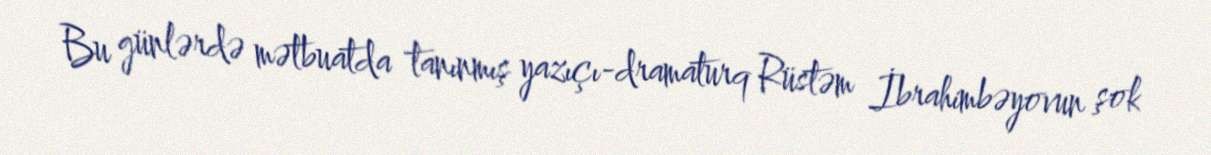
Bu günlərdə mətbuatda tanınmış yazıçı-dramaturq Rüstəm İbrahimbəyovun şok